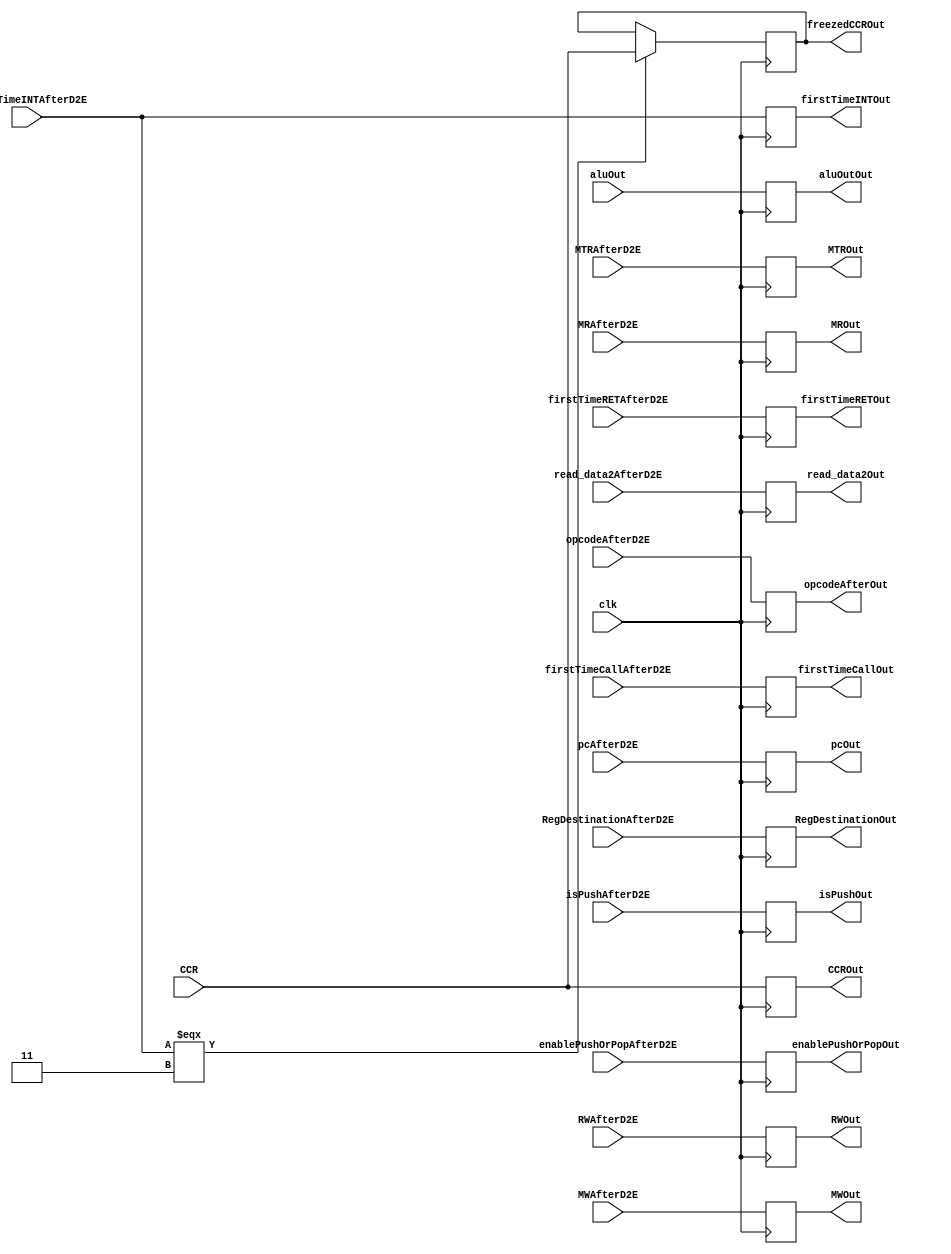
module EMBuffer(MRAfterD2E, MWAfterD2E, MTRAfterD2E, RWAfterD2E, read_data2AfterD2E, RegDestinationAfterD2E,
    firstTimeCallAfterD2E, enablePushOrPopAfterD2E, pcAfterD2E, firstTimeRETAfterD2E, firstTimeINTAfterD2E, isPushAfterD2E, opcodeAfterD2E, aluOut, CCR, clk, read_data2Out, RegDestinationOut, 
    MROut, MWOut, MTROut, RWOut, enablePushOrPopOut, firstTimeCallOut, pcOut, firstTimeRETOut, firstTimeINTOut, isPushOut, aluOutOut, CCROut, freezedCCROut, opcodeAfterOut
);


// Inputs to the buffer
input clk, MRAfterD2E, MWAfterD2E, MTRAfterD2E, RWAfterD2E, isPushAfterD2E; 
input [15:0] read_data2AfterD2E, aluOut;
input [2:0]  RegDestinationAfterD2E;
input [1:0]  enablePushOrPopAfterD2E, firstTimeCallAfterD2E, firstTimeRETAfterD2E, firstTimeINTAfterD2E;
input [31:0] pcAfterD2E;
input [3:0] CCR;
input [4:0] opcodeAfterD2E;

// Outputs from the buffer
output reg  [15:0] read_data2Out, aluOutOut;
output reg  [2:0]  RegDestinationOut;
output reg  [1:0]  enablePushOrPopOut, firstTimeCallOut, firstTimeRETOut, firstTimeINTOut;
output reg MROut, MWOut, MTROut, RWOut, isPushOut;
output reg [31:0] pcOut;
output reg [3:0] CCROut;
output reg [3:0] freezedCCROut;
output reg [4:0] opcodeAfterOut;

always@(posedge clk)
begin
    RegDestinationOut=RegDestinationAfterD2E;
    MROut = MRAfterD2E;
    MWOut = MWAfterD2E;
    MTROut = MTRAfterD2E;
    RWOut = RWAfterD2E;
    enablePushOrPopOut = enablePushOrPopAfterD2E;
    firstTimeCallOut = firstTimeCallAfterD2E;
    pcOut = pcAfterD2E;
    firstTimeRETOut = firstTimeRETAfterD2E;
    firstTimeINTOut = firstTimeINTAfterD2E;
    read_data2Out = read_data2AfterD2E;
    aluOutOut = aluOut;
    CCROut = CCR;
    isPushOut = isPushAfterD2E;
    opcodeAfterOut = opcodeAfterD2E;
    if(firstTimeINTAfterD2E === 2'b11)
        freezedCCROut = CCR; // freeze the flags until ALU takes them back when RTI
end
endmodule